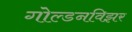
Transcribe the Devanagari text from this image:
गोल्डनविझर